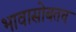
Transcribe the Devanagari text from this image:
भावासोबतच